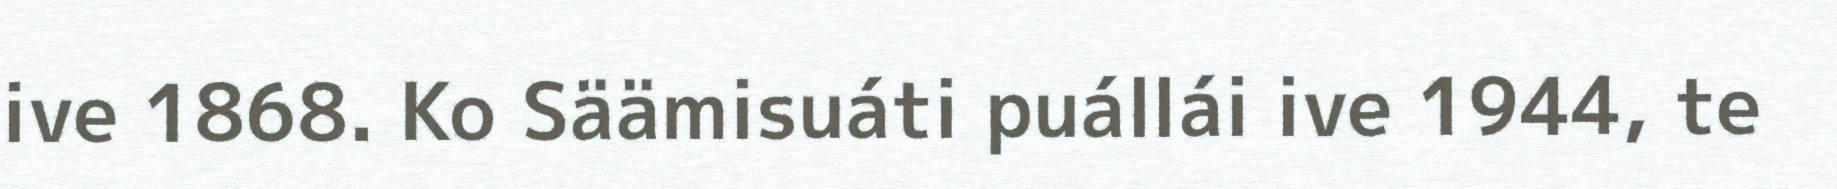
ive 1868. Ko Säämisuáti puállái ive 1944, te